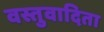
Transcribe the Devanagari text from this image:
वस्तुवादिता